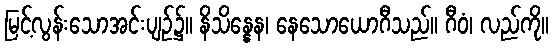
မြင့်လွန်းသောအင်းပျဉ်၌။ နိသိန္နေန၊ နေသောယောဂီသည်။ ဂီဝံ၊ လည်ကို။